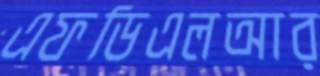
এফডিএলআর